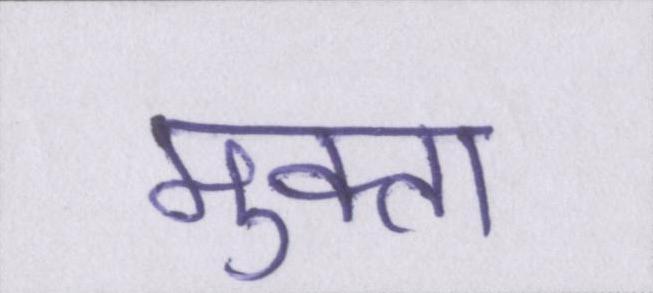
मुक्ता